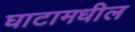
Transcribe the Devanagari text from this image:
घाटामधील